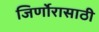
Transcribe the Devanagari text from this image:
जिर्णोरासाठी